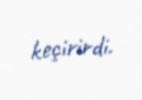
keçirirdi.